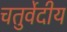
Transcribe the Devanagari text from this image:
चतुर्वेदीय